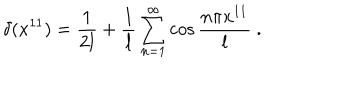
LaTeX: \delta ( x ^ { 1 1 } ) = { \frac { 1 } { 2 l } } + { \frac { 1 } { l } } \sum _ { n = 1 } ^ { \infty } \cos { \frac { n \pi x ^ { 1 1 } } { l } } \ .